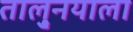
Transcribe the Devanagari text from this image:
तालु्नयाला